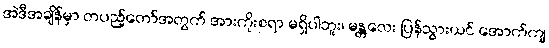
အဲဒီအချိန်မှာ တပည့်တော်အတွက် အားကိုးစရာ မရှိပါဘူး၊ မန္တလေး ပြန်သွားယင် အောက်ကျ